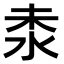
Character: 𣳕